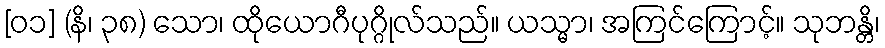
[၀၁] (နိ၊ ၃၈) သော၊ ထိုယောဂီပုဂ္ဂိုလ်သည်။ ယသ္မာ၊ အကြင်ကြောင့်။ သုဘန္တိ၊